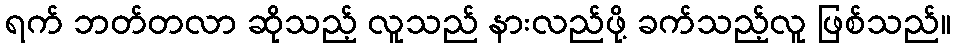
ရက် ဘတ်တလာ ဆိုသည့် လူသည် နားလည်ဖို့ ခက်သည့်လူ ဖြစ်သည်။